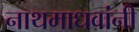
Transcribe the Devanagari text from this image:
नाथमाधवांनी